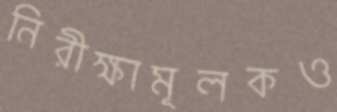
নিরীক্ষামূলকও